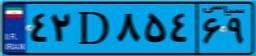
۷۵D۱۶۵۶۱